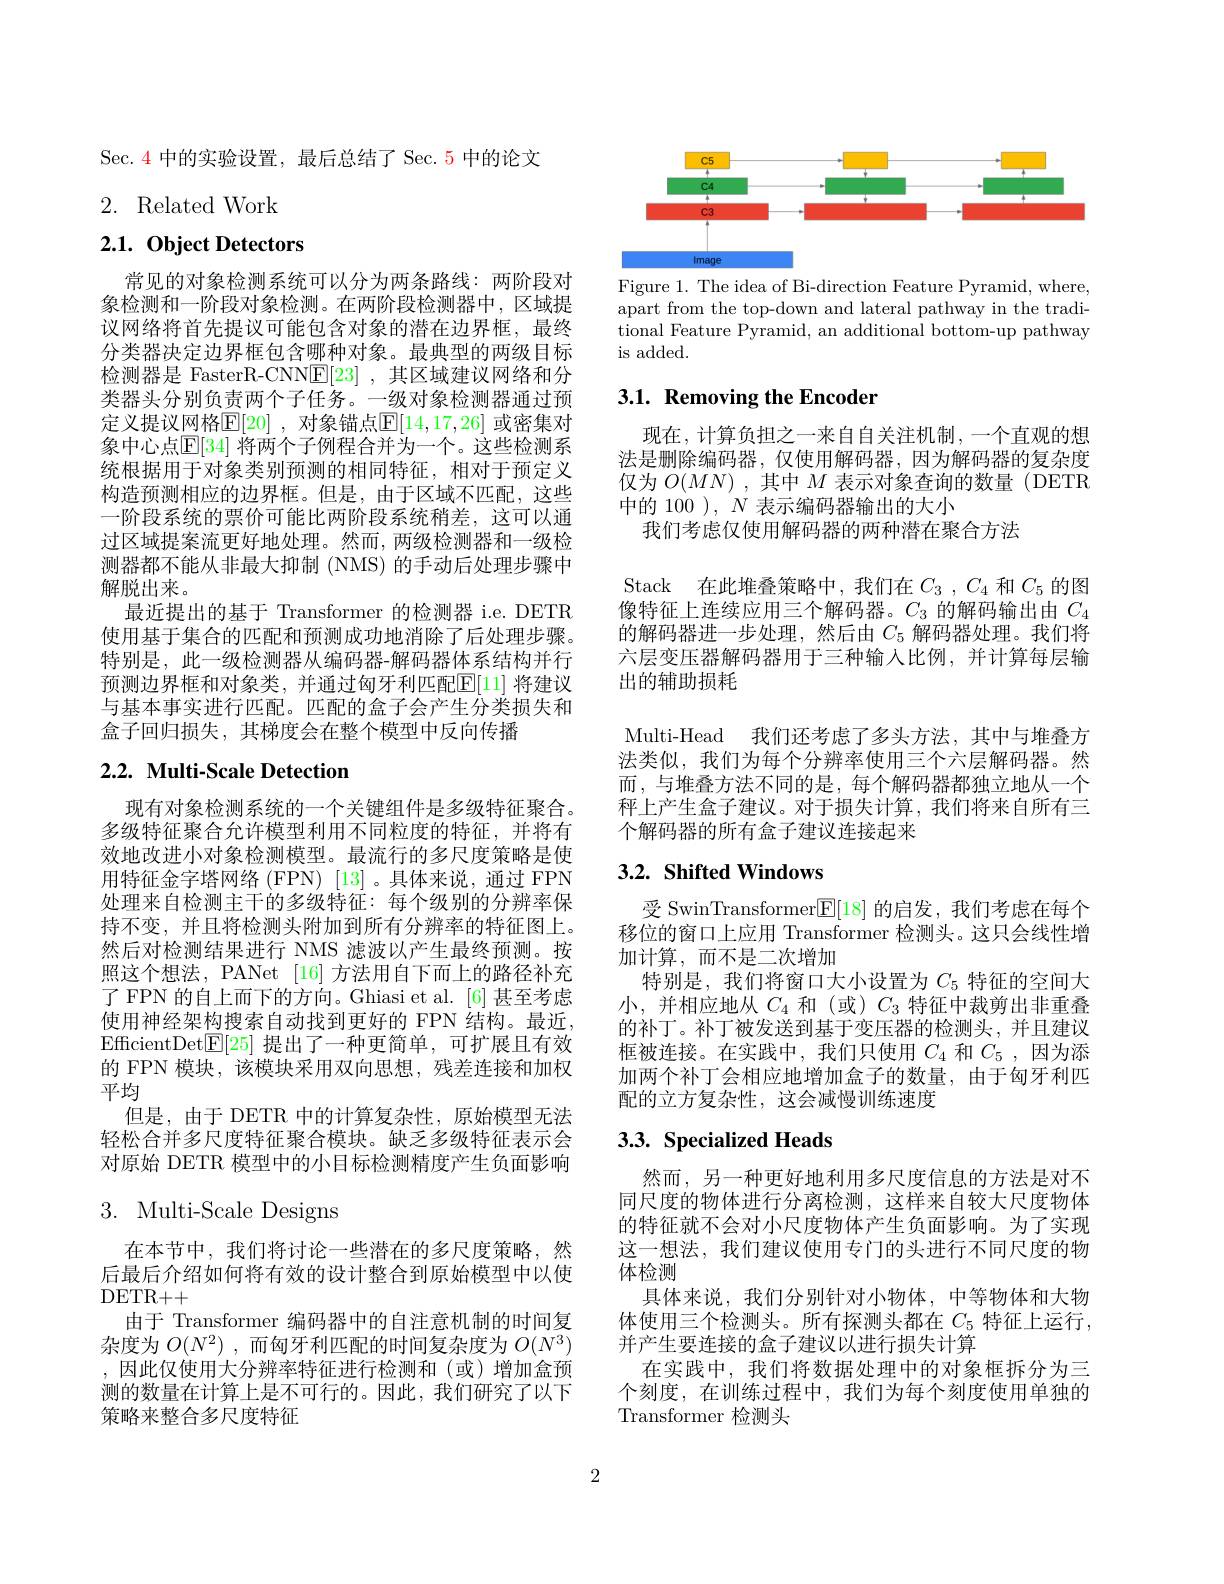
Sec. 4 中的实验设置，最后总结了 Sec. 5 中的论文

# 2. Related Work

$2. 1. \textbf{Object Detectors}$

常见的对象检测系统可以分为两条路线：两阶段对象检测和一阶段对象检测。在两阶段检测器中，区域提议网络将首先提议可能包含对象的潜在边界框，最终分类器决定边界框包含哪种对象。最典型的两级目标检测器是 FasterR-CNN$\underline{\mathrm{E}}[23]$ ,其区域建议网络和分类器头分别负责两个子任务。一级对象检测器通过预定义提议网格$\mathbb{E}[20]$ ,对象锚点$\mathbb{E}[14,17,26]$ 或密集对象中心点$\mathbb{E}[34]$ 将两个子例程合并为一个。这些检测系统根据用于对象类别预测的相同特征，相对于预定义构造预测相应的边界框。但是，由于区域不匹配，这些一阶段系统的票价可能比两阶段系统稍差，这可以通过区域提案流更好地处理。然而，两级检测器和一级检测器都不能从非最大抑制 (NMS) 的手动后处理步骤中解脱出来。
最近提出的基于 Transformer 的检测器 i.e. DETR 使用基于集合的匹配和预测成功地消除了后处理步骤。特别是，此一级检测器从编码器-解码器体系结构并行预测边界框和对象类，并通过匈牙利匹配$\boxed{\mathrm{E}}[11]$ 将建议与基本事实进行匹配。匹配的盒子会产生分类损失和盒子回归损失，其梯度会在整个模型中反向传播

# 2.2. Multi-Scale Detection

现有对象检测系统的一个关键组件是多级特征聚合。多级特征聚合允许模型利用不同粒度的特征，并将有效地改进小对象检测模型。最流行的多尺度策略是使用特征金字塔网络 (FPN) [13] 。具体来说，通过 FPN 处理来自检测主干的多级特征：每个级别的分辨率保持不变，并且将检测头附加到所有分辨率的特征图上。然后对检测结果进行 NMS 滤波以产生最终预测。按照这个想法，PANet [16] 方法用自下而上的路径补充了 FPN 的自上而下的方向。Ghiasi et al. [6] 甚至考虑使用神经架构搜索自动找到更好的 FPN 结构。最近， EfficientDet$[ \mathbb{E} [ 25]$提出了一种更简单，可扩展且有效的 FPN 模块，该模块采用双向思想，残差连接和加权平均
但是，由于 DETR 中的计算复杂性，原始模型无法轻松合并多尺度特征聚合模块。缺乏多级特征表示会对原始 DETR 模型中的小目标检测精度产生负面影响

# 3. Multi-Scale Designs

在本节中，我们将讨论一些潜在的多尺度策略，然后最后介绍如何将有效的设计整合到原始模型中以使DETR+ +
由于 Transformer 编码器中的自注意机制的时间复杂度为$O( N^2)$ ,而匈牙利匹配的时间复杂度为$O(N^3)$ ,因此仅使用大分辨率特征进行检测和(或)增加盒预测的数量在计算上是不可行的。因此，我们研究了以下策略来整合多尺度特征

<FigureHere>

Figure 1. The idea of Bi-direction Feature Pyramid, where, apart from the top-down and lateral pathway in the traditional Feature Pyramid, an additional bottom- up pathway is added.

# $3. 1. \textbf{Removing the Encoder}$

现在，计算负担之一来自自关注机制，一个直观的想法是删除编码器，仅使用解码器，因为解码器的复杂度仅为$O(MN)$ ,其中$M$表示对象查询的数量 (DETR 中的 100 ), $N$表示编码器输出的大小
我们考虑仅使用解码器的两种潜在聚合方法

Stack 在此堆叠策略中，我们在$C_3,C_4$和$C_5$的图像特征上连续应用三个解码器。$C_3$的解码输出由$C_4$ 的解码器进一步处理，然后由$C_{5}$解码器处理。我们将六层变压器解码器用于三种输入比例，并计算每层输出的辅助损耗
Multi-Head 我们还考虑了多头方法，其中与堆叠方法类似，我们为每个分辨率使用三个六层解码器。然而，与堆叠方法不同的是，每个解码器都独立地从一个秤 上 产 生 盒 子 建 议 。对 于 损 失 计 算 , 我 们 将 来 自 所 有 三 个解码器的所有盒子建议连接起来

## $3. 2. \textbf{ Shifted Windows}$

受 SwinTransformer$\boxed{\mathrm{E}}[18]$的启发，我们考虑在每个移位的窗口上应用 Transformer 检测头。这只会线性增加计算，而不是二次增加
特别是，我们将窗口大小设置为$C_{5}$特征的空间大小，并相应地从$C_{4}$和 (或) $C_{3}$特征中裁剪出非重叠的补丁。补丁被发送到基于变压器的检测头，并且建议框被连接。在实践中，我们只使用$C_{4}$和$C_{5}$ ,因为添加两个补丁会相应地增加盒子的数量，由于匈牙利匹配的立方复杂性，这会减慢训练速度

# $3. 3. \textbf{Specialized Heads}$

然而，另一种更好地利用多尺度信息的方法是对不同尺度的物体进行分离检测，这样来自较大尺度物体的特征就不会对小尺度物体产生负面影响。为了实现这一想法，我们建议使用专门的头进行不同尺度的物体检测
具体来说，我们分别针对小物体，中等物体和大物体使用三个检测头。所有探测头都在 $C_{5}$ 特征上运行， 并产生要连接的盒子建议以进行损失计算
在实践中，我们将数据处理中的对象框拆分为三个刻度，在训练过程中，我们为每个刻度使用单独的Transformer 检测头

2